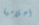
أحلامها